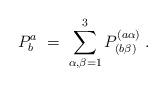
LaTeX: \begin{align*}P^a_b \;=\; \sum_{\alpha, \beta=1}^3 P^{(a \alpha)}_{(b \beta)}\;.\end{align*}